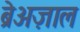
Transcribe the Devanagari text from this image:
ब्रेअज़ाल